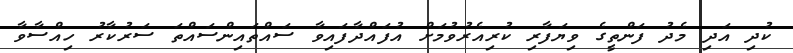
ކުދި އަދި މެދު ފަންތީގެ ވިޔަފާރި ކުރިއެރުވުމަށް އުފައްދާފައިވާ ސައްތައިންސައްތަ ސަރުކާރު ހިއްސާވާ